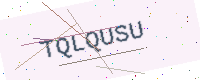
Text: TQLQUSU